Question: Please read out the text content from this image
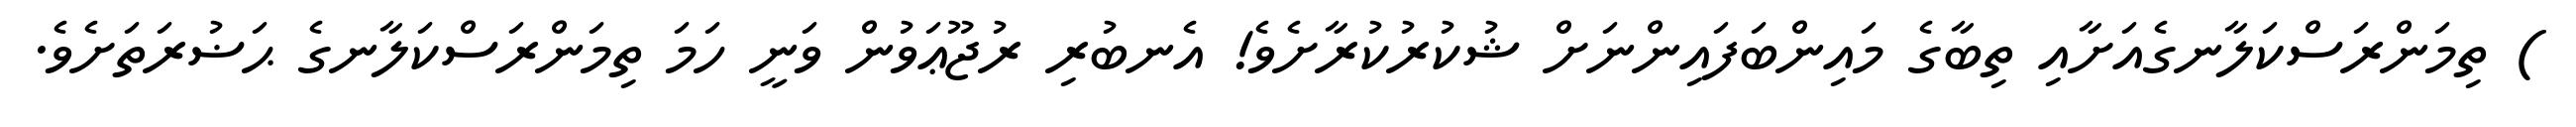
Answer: ) ތިމަންރަސްކަލާނގެއަށާއި ތިބާގެ މައިންބަފައިންނަށް ޝުކުރުކުރާށެވެ! އެނބުރި ރުޖޫޢަވުން ވަނީ ހަމަ ތިމަންރަސްކަލާނގެ ޙަޟުރަތަށެވެ.